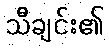
သီချင်း၏